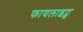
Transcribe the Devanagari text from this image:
फायलाइट्स